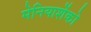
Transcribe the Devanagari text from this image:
मेनियाशेंको